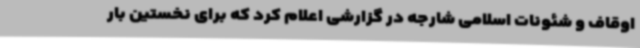
اوقاف و شئونات اسلامی شارجه در گزارشی اعلام کرد که برای نخستین بار